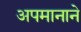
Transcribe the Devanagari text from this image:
अपमानाने